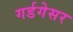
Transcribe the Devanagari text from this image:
गर्डगेसर